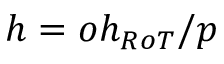
h = o h _ { R o T } / p